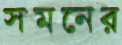
সমনের